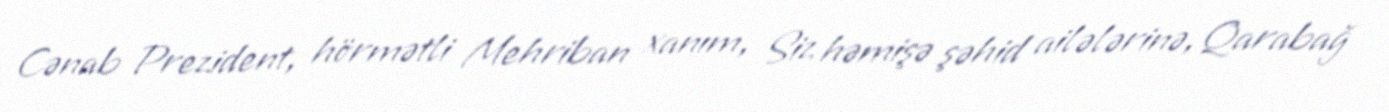
Cənab Prezident, hörmətli Mehriban xanım, Siz həmişə şəhid ailələrinə, Qarabağ